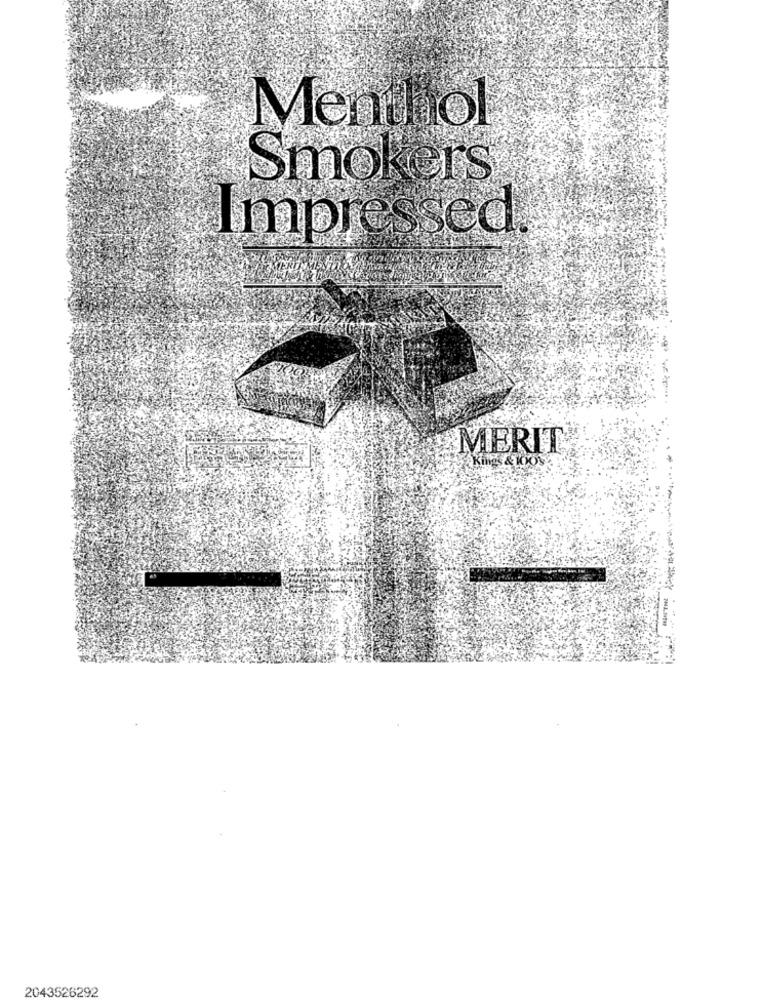
Menthol
Smokers
Impressed
MERIT
Kings & 100%
2043526292